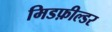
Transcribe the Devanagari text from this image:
मिडफ़ील्डर